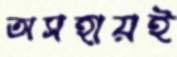
অসহায়ই